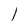
Character: 1